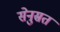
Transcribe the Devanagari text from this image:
सेनुस्रत